Annual administration report of the Civil Veterinary Department of India - 1901-1902
Year: 1901
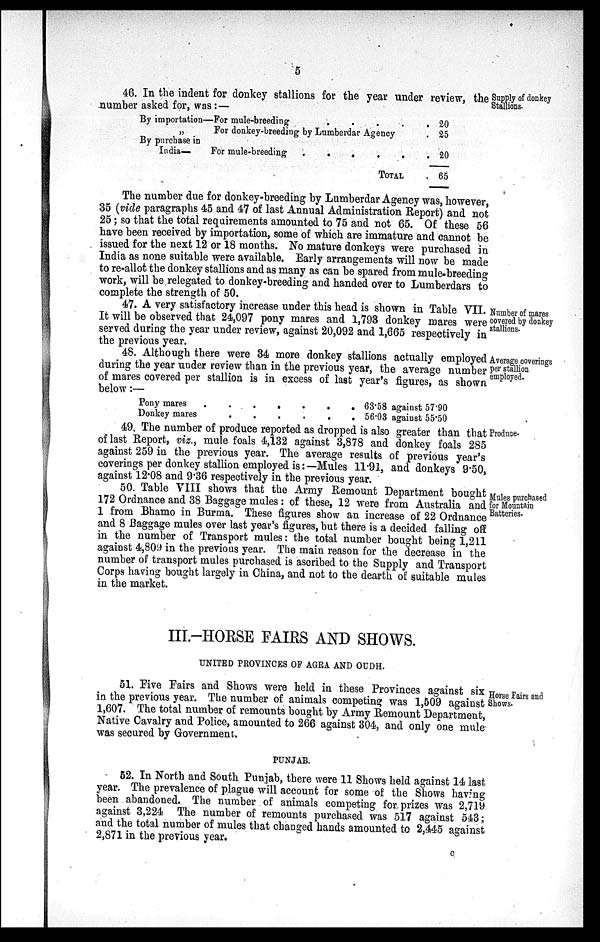
5
Supply of donkey
Stallions.
46. In the indent for donkey stallions for the year under review, the
number asked for, was: —
By importation—For mule-breeding
.
.
.
.
.
.
„
For donkey-breeding by Lumberdar Agency .
By purchase in
India—
For mule-breeding
.
.
.
.
.
.
TOTAL
20
25
20
65
The number due for donkey-breeding by Lumberdar Agency was, however,
35 (vide paragraphs 45 and 47 of last Annual Administration Report) and not
25; so that the total requirements amounted to 75 and not 65. Of these 56
have been received by importation, some of which are immature and cannot be
issued for the next 12 or 18 months. No mature donkeys were purchased in
India as none suitable were available. Early arrangements will now be made
to re-allot the donkey stallions and as many as can be spared from mule-breeding
work, will be relegated to donkey-breeding and handed over to Lumberdars to
complete the strength of 50.
Number of mares
covered by donkey
stallions.
47. A very satisfactory increase under this head is shown in Table VII.
It will be observed that 24,097 pony mares and 1,793 donkey mares were
served during the year under review, against 20,092 and 1,665 respectively in
the previous year.
Average coverings
per stallion
employed.
48. Although there were 34 more donkey stallions actually employed
during the year under review than in the previous year, the average number
of mares covered per stallion is in excess of last year's figures, as shown
below:—
Pony mares
.
.
.
.
.
.
Donkey mares
.
.
.
.
.
.
63.58 against 57.90
56.03 against 55.50
Produce.
49. The number of produce reported as dropped is also greater than that
of last Report, viz., mule foals 4,132 against 3,878 and donkey foals 285
against 259 in the previous year. The average results of previous year's
coverings per donkey stallion employed is:—Mules 11.91, and donkeys 9.50,
against 12.08 and 9.36 respectively in the previous year.
Mules purchased
for Mountain
Batteries.
50. Table VIII shows that the Army Remount Department bought
172 Ordnance and 38 Baggage mules : of these, 12 were from Australia and
1 from Bhamo in Burma. These figures show an increase of 22 Ordnance
and 8 Baggage mules over last year's figures, but there is a decided falling off
in the number of Transport mules: the total number bought being 1,211
against 4,809 in the previous year. The main reason for the decrease in the
number of transport mules purchased is ascribed to the Supply and Transport
Corps having bought largely in China, and not to the dearth of suitable mules
in the market.
III.-HORSE FAIRS AND SHOWS.
UNITED PROVINCES OP AGRA AND OUDH.
Horse Pairs and
Shows.
51. Five Fairs and Shows were held in these Provinces against six
in the previous year. The number of animals competing was 1,509 against
1,607. The total number of remounts bought by Army Remount Department,
Native Cavalry and Police, amounted to 266 against 304, and only one mule
was secured by Government.
PUNJAB.
52. In North and South Punjab, there were 11 Shows held against 14 last
year. The prevalence of plague will account for some of the Shows having
been abandoned. The number of animals competing for prizes was 2,719
against 3,224 The number of remounts purchased was 517 against 543;
and the total number of mules that changed hands amounted to 2,445 against
2,871 in the previous year.
c